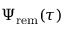
\Psi _ { \mathrm { r e m } } ( \tau )